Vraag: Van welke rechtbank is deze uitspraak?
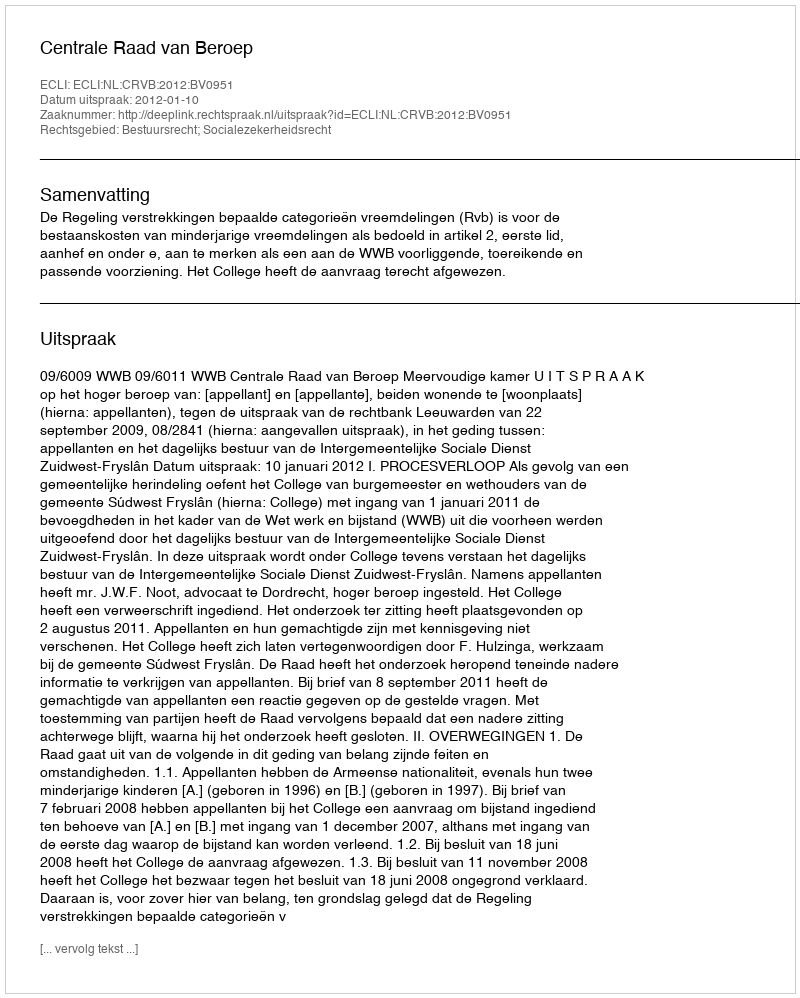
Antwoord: Centrale Raad van Beroep